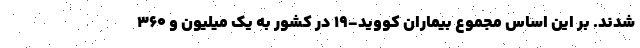
شدند. بر این اساس مجموع بیماران کووید-۱۹ در کشور به یک میلیون و ۳۶۰